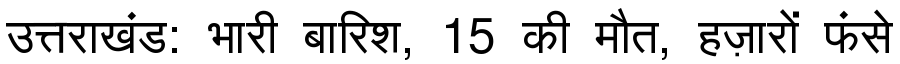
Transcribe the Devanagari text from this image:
उत्तराखंड: भारी बारिश, 15 की मौत, हज़ारों फंसे